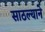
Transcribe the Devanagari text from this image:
साठल्याने